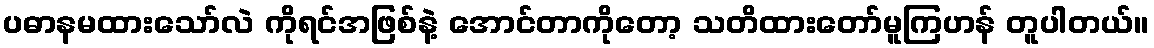
ပဓာနမထားသော်လဲ ကိုရင်အဖြစ်နဲ့ အောင်တာကိုတော့ သတိထားတော်မူကြဟန် တူပါတယ်။